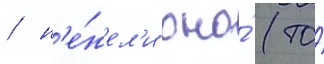
/ н'е́жел'и оно́ (то́